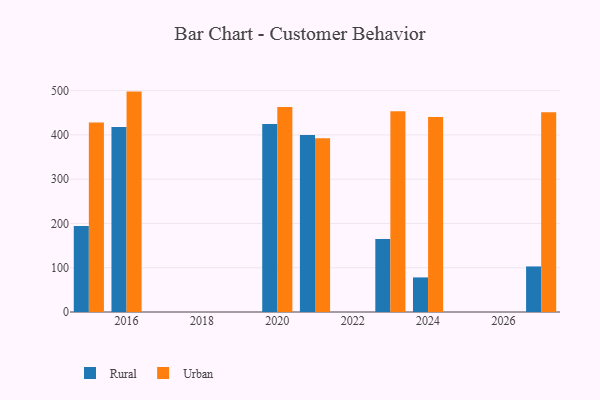
{"axis": {"x": "Year", "y": "Conversion Rate (%)"}, "legend": ["Rural", "Urban"], "data": [{"x": "2024", "y": 78.1, "type": "Rural"}, {"x": "2024", "y": 440.5, "type": "Urban"}, {"x": "2027", "y": 102.9, "type": "Rural"}, {"x": "2027", "y": 451.1, "type": "Urban"}, {"x": "2023", "y": 164.6, "type": "Rural"}, {"x": "2023", "y": 453.7, "type": "Urban"}, {"x": "2016", "y": 418.0, "type": "Rural"}, {"x": "2016", "y": 497.8, "type": "Urban"}, {"x": "2021", "y": 399.5, "type": "Rural"}, {"x": "2021", "y": 392.7, "type": "Urban"}, {"x": "2015", "y": 194.4, "type": "Rural"}, {"x": "2015", "y": 428.2, "type": "Urban"}, {"x": "2020", "y": 424.7, "type": "Rural"}, {"x": "2020", "y": 463.1, "type": "Urban"}]}